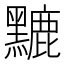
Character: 𪒏